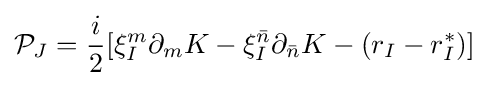
{\mathcal {P}}_{J}={\frac {i}{2}}[\xi _{I}^{m}\partial _{m}K-\xi _{I}^{\bar {n}}\partial _{\bar {n}}K-(r_{I}-r_{I}^{*})]